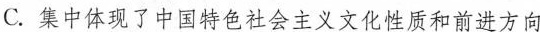
C.集中体现了中国特色社会主义文化性质和前进方向